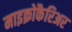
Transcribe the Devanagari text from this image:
माइक्रोकैरिअर